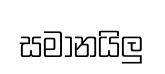
සමානයිලු